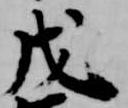
戊